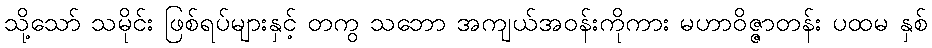
သို့သော် သမိုင်း ဖြစ်ရပ်များနှင့် တကွ သဘော အကျယ်အဝန်းကိုကား မဟာဝိဇ္ဇာတန်း ပထမ နှစ်